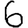
Digit: 6